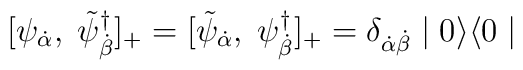
[\psi_{{\dot \alpha}},\; \tilde{\psi}^{\dagger}_{{\dot \beta}}]_{+} = [\tilde{\psi}_{{\dot \alpha}},\; \psi^{\dagger}_{{\dot \beta}}]_{+} = \delta_{\dot{\alpha} \dot{\beta}} \mid 0 \rangle \langle 0 \mid